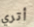
أتري